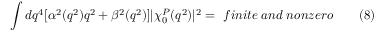
\int d q ^ { 4 } [ \alpha ^ { 2 } ( q ^ { 2 } ) q ^ { 2 } + \beta ^ { 2 } ( q ^ { 2 } ) ] | \chi _ { 0 } ^ { P } ( q ^ { 2 } ) | ^ { 2 } = ~ f i n i t e \; a n d \; n o n z e r o \qquad ( 8 )